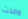
واخذت